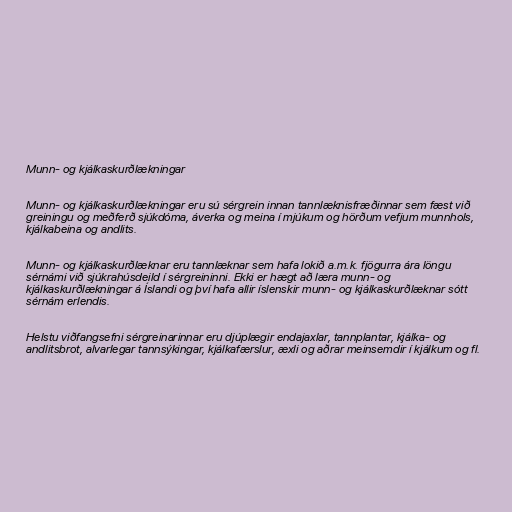
Munn- og kjálkaskurðlækningar

Munn- og kjálkaskurðlækningar eru sú sérgrein innan tannlæknisfræðinnar sem fæst við
greiningu og meðferð sjúkdóma, áverka og meina í mjúkum og hörðum vefjum munnhols,
kjálkabeina og andlits.

Munn- og kjálkaskurðlæknar eru tannlæknar sem hafa lokið a.m.k. fjögurra ára löngu
sérnámi við sjúkrahúsdeild í sérgreininni. Ekki er hægt að læra munn- og
kjálkaskurðlækningar á Íslandi og því hafa allir íslenskir munn- og kjálkaskurðlæknar sótt
sérnám erlendis.

Helstu viðfangsefni sérgreinarinnar eru djúplægir endajaxlar, tannplantar, kjálka- og
andlitsbrot, alvarlegar tannsýkingar, kjálkafærslur, æxli og aðrar meinsemdir í kjálkum og fl.